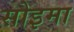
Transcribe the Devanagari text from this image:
सोइमा